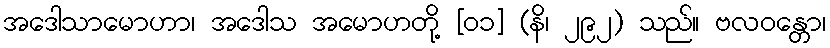
အဒေါသာမောဟာ၊ အဒေါသ အမောဟတို့ [၀၁] (နိ၊ ၂၉၂) သည်။ ဗလဝန္တော၊